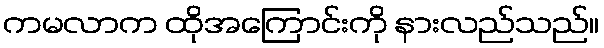
ကမလာက ထိုအကြောင်းကို နားလည်သည်။